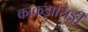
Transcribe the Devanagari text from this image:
काकड़ासिङ्गी